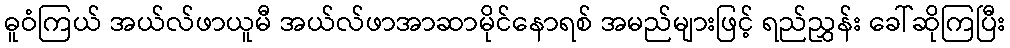
ဓူဝံကြယ် အယ်လ်ဖာယူမီ အယ်လ်ဖာအာဆာမိုင်နောရစ် အမည်များဖြင့် ရည်ညွှန်း ခေါ်ဆိုကြပြီး